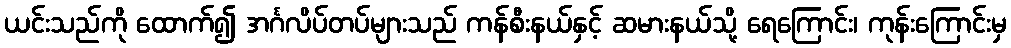
ယင်းသည်ကို ထောက်၍ အင်္ဂလိပ်တပ်များသည် ကန်စီးနယ်နှင့် ဆမားနယ်သို့ ရေကြောင်း၊ ကုန်းကြောင်းမှ